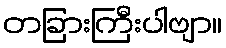
တခြားကြီးပါဗျာ။